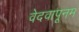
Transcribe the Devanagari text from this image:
वेदवापूनम